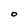
Character: O